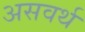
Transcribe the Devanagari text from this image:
असवर्थ